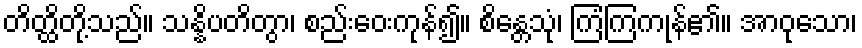
တိတ္ထိတို့သည်။ သန္နိပတိတွာ၊ စည်းဝေးကုန်၍။ စိန္တေသုံ၊ ကြံကြကုန်၏။ အာဝုသော၊